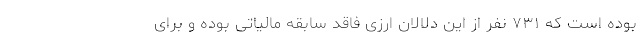
بوده است که ۷۳۱ نفر از این دلالان ارزی فاقد سابقه مالیاتی بوده و برای